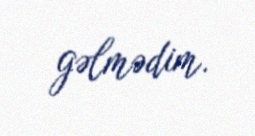
gəlmədim.